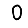
Digit: 0